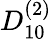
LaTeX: {D}_{10}^{(2)}